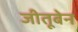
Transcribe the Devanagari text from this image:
जीतूबेन